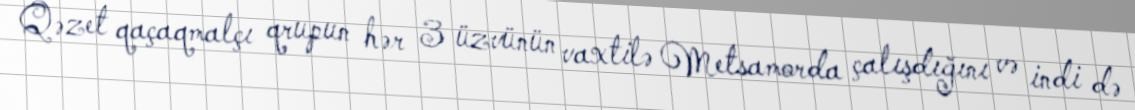
Qəzet qaçaqmalçı qrupun hər 3 üzvünün vaxtilə Metsamorda çalışdığını və indi də